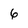
Character: 6